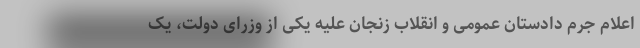
اعلام جرم دادستان عمومی و انقلاب زنجان علیه یکی از وزرای دولت، یک